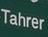
tahrer